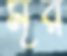
মূর